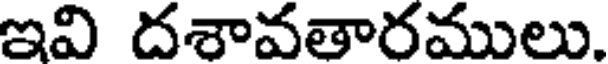
ఇవి దశావతారములు.